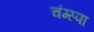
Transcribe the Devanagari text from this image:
चंग्स्पा